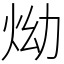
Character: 㶭